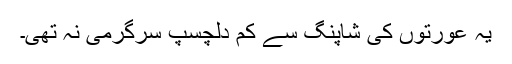
یہ عورتوں کی شاپنگ سے کم دلچسپ سرگرمی نہ تھی۔